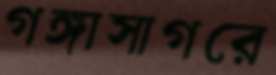
গঙ্গাসাগরে